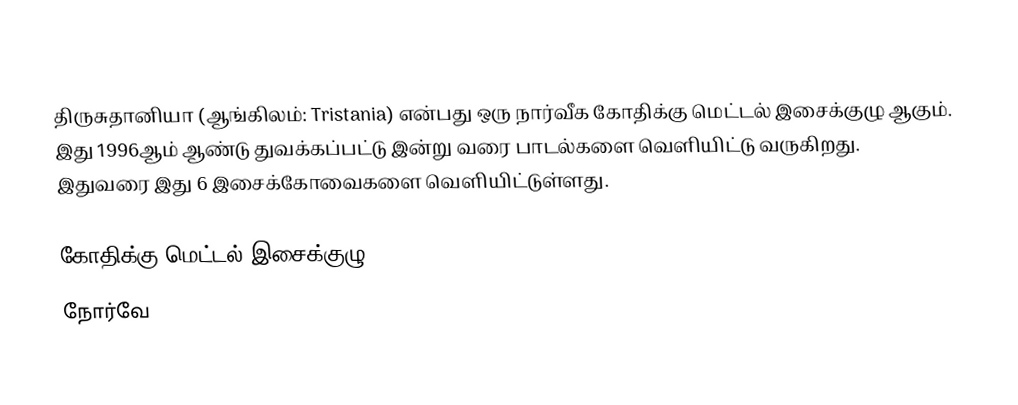
திருசுதானியா (ஆங்கிலம்: Tristania) என்பது ஒரு நார்வீக கோதிக்கு மெட்டல் இசைக்குழு ஆகும். இது 1996ஆம் ஆண்டு துவக்கப்பட்டு இன்று வரை பாடல்களை வெளியிட்டு வருகிறது. இதுவரை இது 6 இசைக்கோவைகளை வெளியிட்டுள்ளது.

கோதிக்கு மெட்டல் இசைக்குழு
நோர்வே